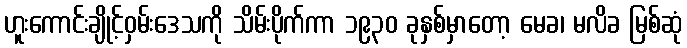
ဟူးကောင်းချိုင့်ဝှမ်းဒေသကို သိမ်းပိုက်ကာ ၁၉၃၀ ခုနှစ်မှာတော့ မေခ၊ မလိခ မြစ်ဆုံ